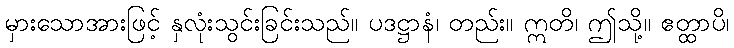
မှားသောအားဖြင့် နှလုံးသွင်းခြင်းသည်။ ပဒဋ္ဌာနံ၊ တည်း။ ဣတိ၊ ဤသို့။ ဧတ္ထာပိ၊